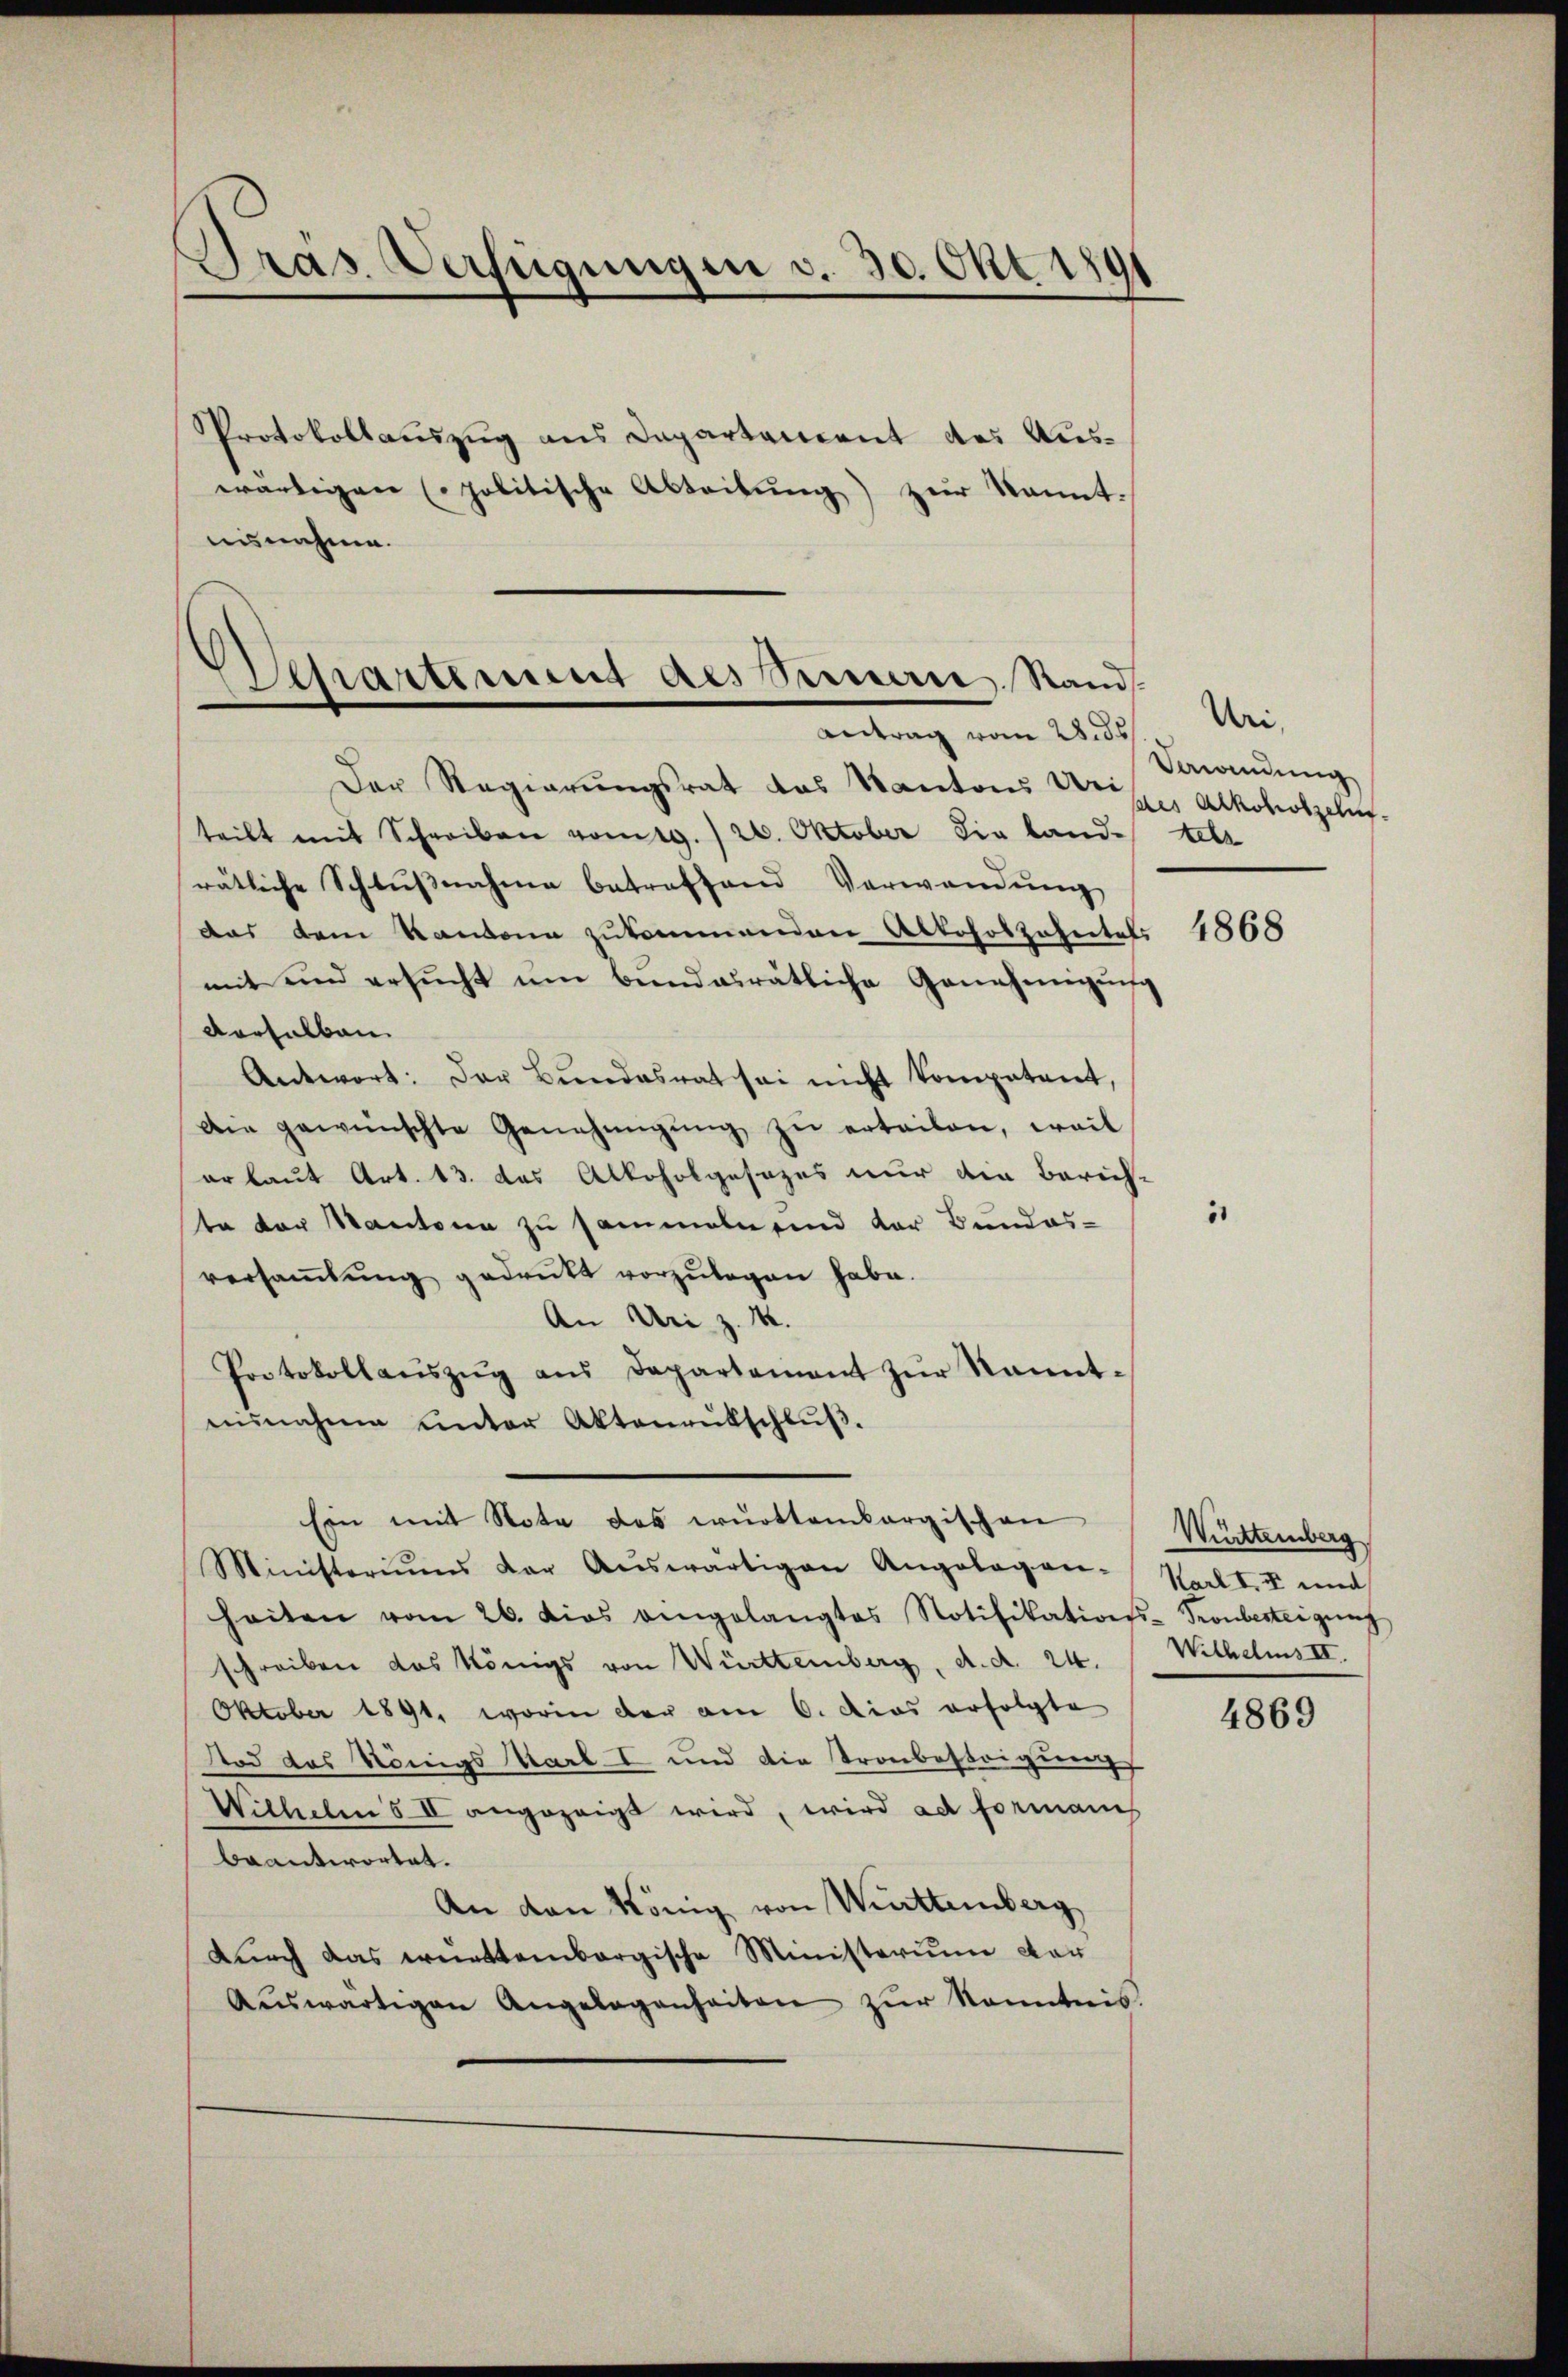
Gras Verfügungen v. 30. Okt 1891

Protokollauszug aus Departancent des Auswärtigen (politische Abteilŭng zur kannt.
ausnahme.

Separtinung des Serie Stand.
Antrag vom 28. ds

Der Regierŭngsrat das Kantons Kreise Alkoholzelu
teilt mit Schreiben vom 19. / 20. Oktober die land. tele
rätliche Schlŭβnahme betreffend Verwandŭng
das dem Kantone zukommenden Abtoholzehntels
mit und ersŭcht ŭm bundesrätliche Genehmigung
derselben
Antwort: Der Bŭndesrat sei nicht kompetent,
Die gewünschte Genehmigŭng zŭ erteilen, weil
erlaut Art. 13. das Alkoholgesezes nur die Zürich-
ta der Kantone zu sammeln sind der Bundes-
versaṁlŭng gedruckt vorzŭlegen habe.
An Uri z. B.
Protokollaŭszŭg aŭs Departement zŭr Kannt-
eŭnahme unter Aktenantschlŭβ.
Ein mit Note des württembergischen Württemberg
Ministoriŭms der Aŭswärtigen Angelegen-Karlt. I und
heiten vom 26. dies angelangtes Notifikations-Tronbesteigŭng
schreiben das Königs von Württemberg, d. d. 24.
Oktober 1891, worin der am 6. dies erfolgte
tod das Königs Karl I und die Tronbestrigung
Withelms II angezeigt wird, wird ad formanis
beantwortet.
An den König von Württemberg
durch das württembergische Ministerium vor
Aŭswärtigen Angelegenheiten zŭr Kenntnis.

Uri,
Verandung

51

4868

Wilhelms II.

4869